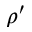
\rho ^ { \prime }